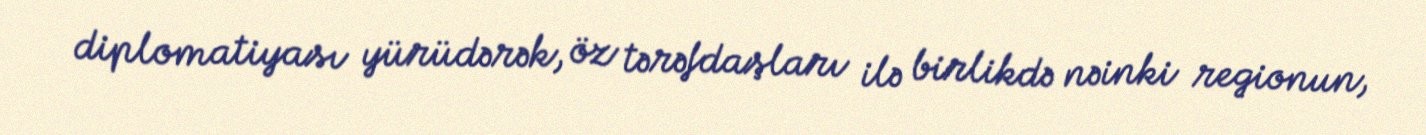
diplomatiyası yürüdərək, öz tərəfdaşları ilə birlikdə nəinki regionun,